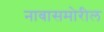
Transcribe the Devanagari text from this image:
नावासमोरील